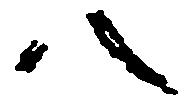
八